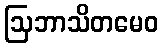
ဩဘာသိတမေဝ